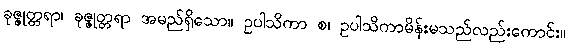
ခုဇ္ဇုတ္တရာ၊ ခုဇ္ဇုတ္တရာ အမည်ရှိသော။ ဥပါသိကာ စ၊ ဥပါသိကာမိန်းမသည်လည်းကောင်း။